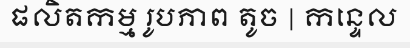
ផលិតកម្ម រូបភាព តូច | កន្ទេល